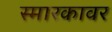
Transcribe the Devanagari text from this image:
स्मारकावर